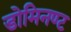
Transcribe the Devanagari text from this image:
डोमिनण्ट